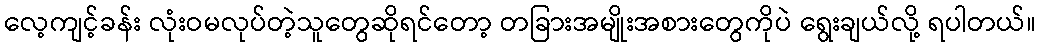
လေ့ကျင့်ခန်း လုံးဝမလုပ်တဲ့သူတွေဆိုရင်တော့ တခြားအမျိုးအစားတွေကိုပဲ ရွေးချယ်လို့ ရပါတယ်။